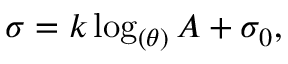
\sigma = k \log _ { ( \theta ) } A + \sigma _ { 0 } ,